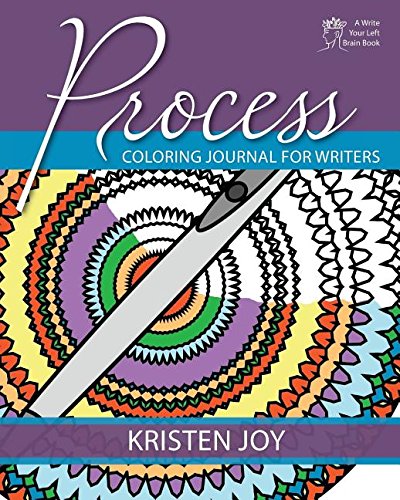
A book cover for PROCESS: Coloring Journal for Writers; Kristen Joy; Self-Help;